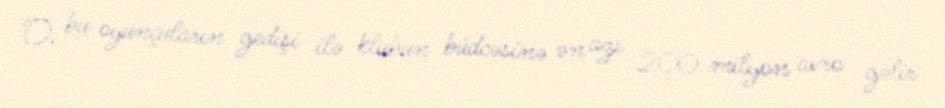
O, bu oyunçuların gedişi ilə klubun büdcəsinə ən azı 200 milyon avro gəlir